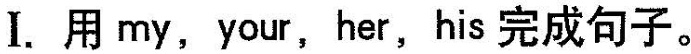
I.用 my,your,her,his 完成句子.